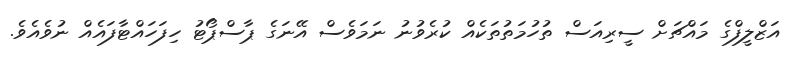
އަޒްލީފްގެ މައްޗަށް ސީރިއަސް ތުހުމަތުތަކެއް ކުރެވުނު ނަމަވެސް އޭނަގެ ޕާސްޕޯޓު ހިފަހައްޓާފައެއް ނުވެއެވެ.